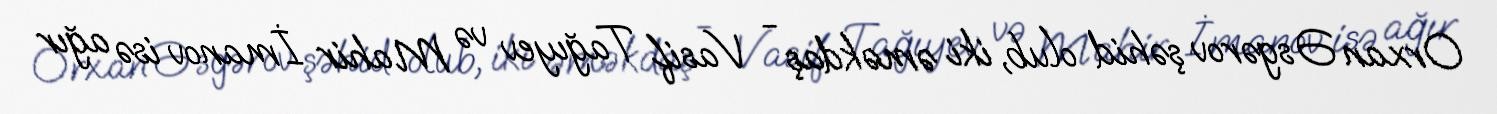
Orxan Əsgərov şəhid olub, iki əməkdaş - Vasif Tağıyev və Mahir İmanov isə ağır